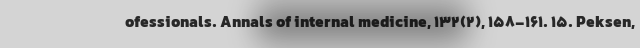
ofessionals. Annals of internal medicine, 132(2), 158-161. 15. Peksen,